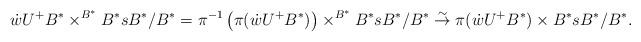
LaTeX: \begin{align*}\dot{w}U^+B^*\times^{B^*} B^*sB^*/B^*=\pi^{-1}\left(\pi(\dot{w}U^+B^*)\right)\times^{B^*} B^*sB^*/B^*\overset{\sim}{\rightarrow} \pi(\dot{w}U^+B^*)\times B^*sB^*/B^*.\end{align*}